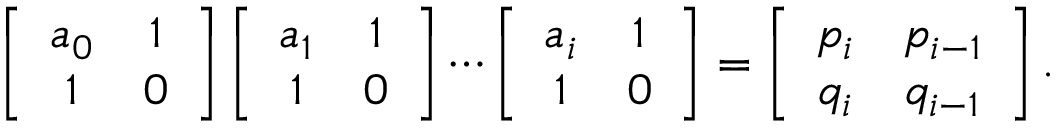
\left[ \begin{array} { c c } { { a _ { 0 } } } & { { 1 } } \\ { { 1 } } & { { 0 } } \end{array} \right] \left[ \begin{array} { c c } { { a _ { 1 } } } & { { 1 } } \\ { { 1 } } & { { 0 } } \end{array} \right] \cdots \left[ \begin{array} { c c } { { a _ { i } } } & { { 1 } } \\ { { 1 } } & { { 0 } } \end{array} \right] = \left[ \begin{array} { c c } { { p _ { i } } } & { { p _ { i - 1 } } } \\ { { q _ { i } } } & { { q _ { i - 1 } } } \end{array} \right] .